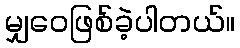
မျှဝေဖြစ်ခဲ့ပါတယ်။